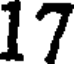
17